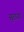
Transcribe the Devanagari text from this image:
सुराया